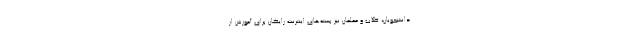
دانشجویان، طلاب و معلمان نیز بسته‌های اینترنت رایگان برای آموزش از